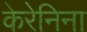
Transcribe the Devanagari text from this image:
केरेनिना